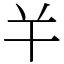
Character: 𢆉